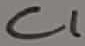
Text: C1